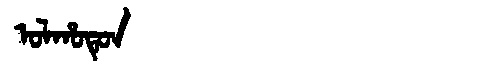
Manchu: ᠣᠯᡥᠣᡨᡠᠨ
Romanization: OLHOTUN